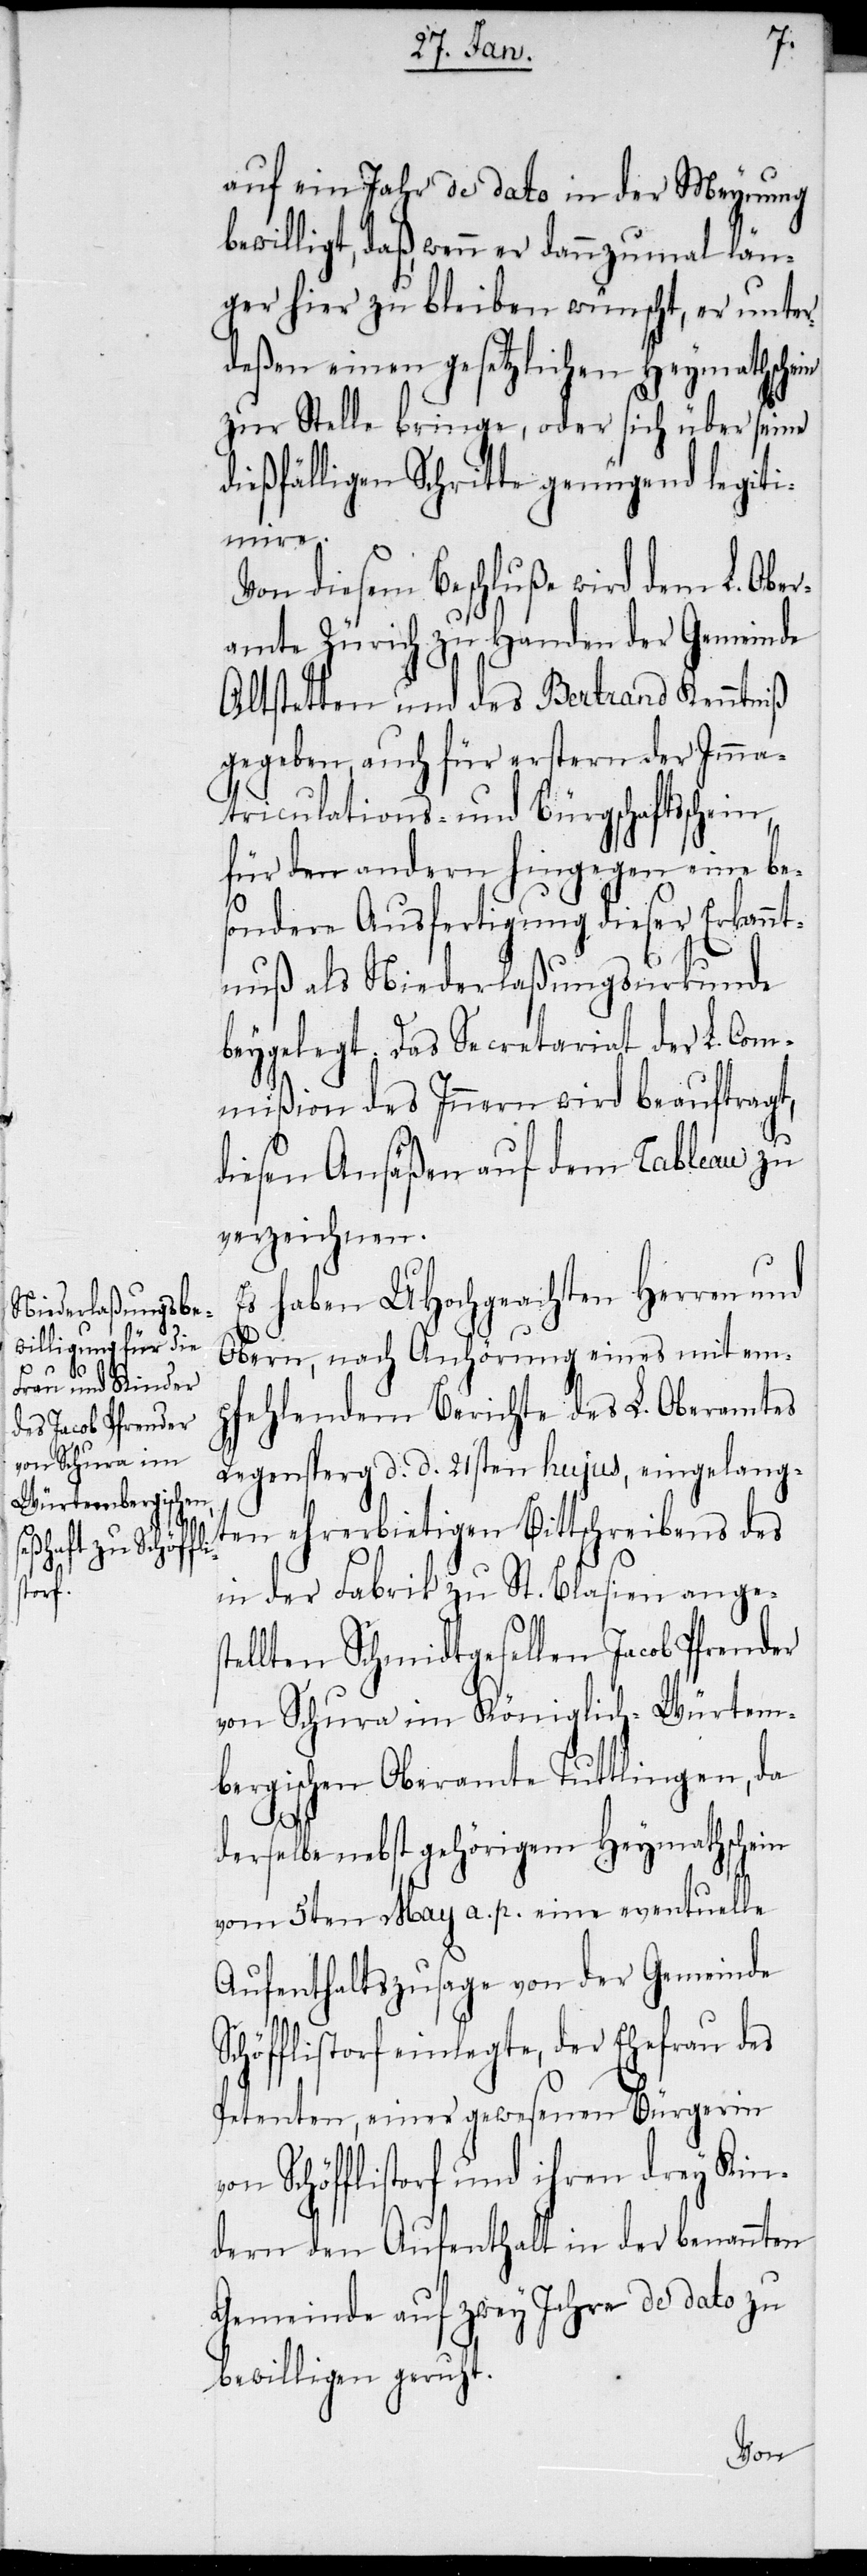
v¬

auf ein Jahr de dato in der Meynung
bewilligt, daß, wenn er dannzumal län¬
ger hier zu bleiben wünscht, er unter¬
deßen einen gesetzlichen Heymathschein
zur Stelle bringe, oder sich über seine
dießfälligen Schritte genügend legiti¬
mire.
Von diesem Beschluße wird dem L. Ober¬
amte Zürich zu Handen der Gemeinde
Altstetten und des Bertrand Kenntniß
gegeben, auch für erstern der Imma¬
triculations- und Bürgschaftsschein,
für den andern hingegen eine bes¬
ondere Ausfertigung dieser Erkannt¬
nuß als Niederlaßungsurkunde
beygelegt. Das Secretariat der L. Com¬
mißion des Innern wird beauftragt,
diesen Ansäßen auf dem Tableau zu
verzeichnen.
Es haben UHochgeachten Herrn und
Obern, nach Anhörung eines mit em¬
pfehlendem Berichte des Lbl. Oberamtes
Regensperg d. d. 21sten hujus, eingelang¬
ten ehrerbietigen Bittschreibens des
in der Fabrik zu St. Blasien anges¬
tellten Schmidtgesellen Jacob Pfrender
von Schura im Königlich-Würtem¬
bergischen Oberamte Tuttlingen, da
derselbe nebst gehörigem Heymathschein
vom 5ten May a. p. eine eventuelle
Aufenthaltszusage von der Gemeinde
chöfflistorf einlegte, der Ehefrau des
Petenten, einer gewesenen Bürgerin
on Schöfflistorf und ihren drey Kin¬
dern den Aufenthalt in der benannten
Gemeinde auf zwey Jahre de dato zu
bewilligen geruht.